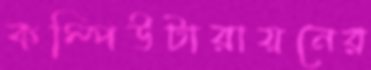
কম্পিউটারায়নের